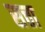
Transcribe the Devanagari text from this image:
सत्ता